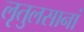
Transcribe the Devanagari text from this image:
लृतुलसानां